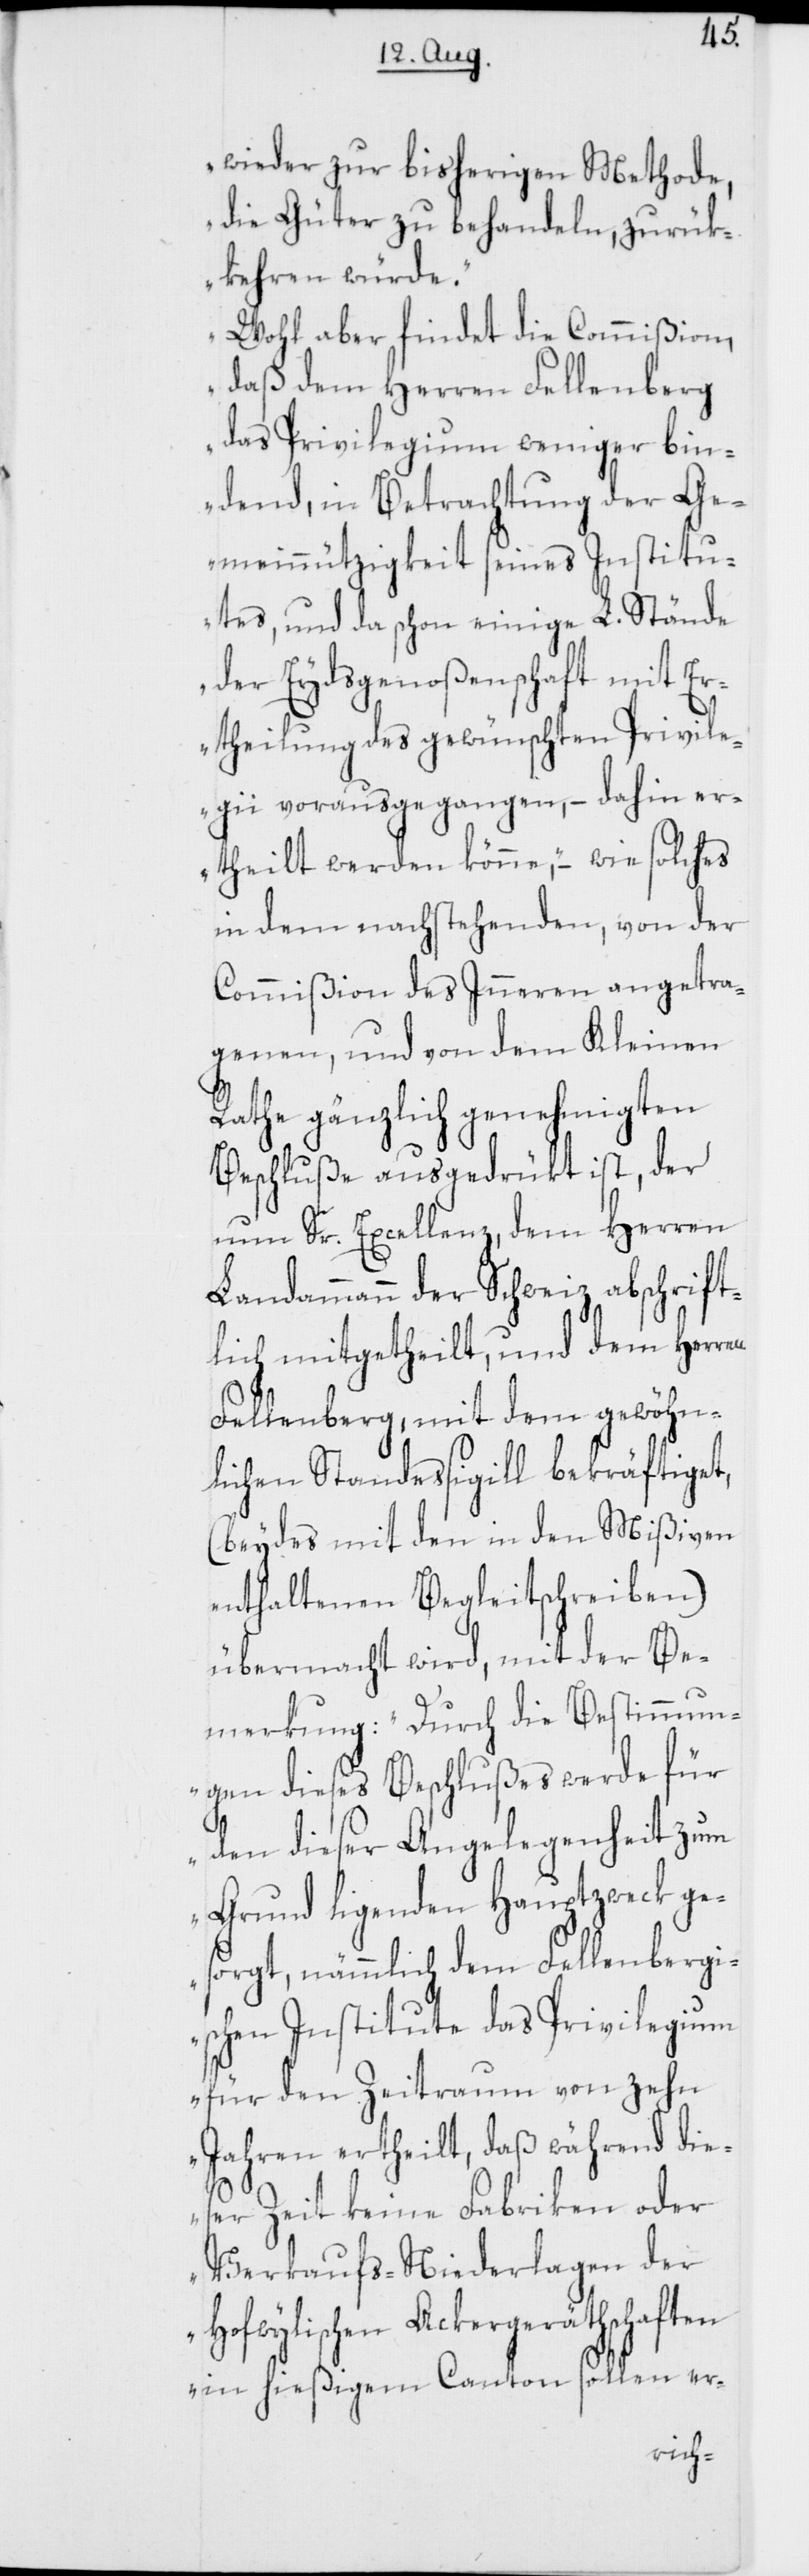
wieder zur bisherigen Methode,
die Güter zu behandeln, zurük¬
kehren würde.
Wohl aber findet die Commißion,
daß dem Herren Fellenberg
das Privilegium weniger bin¬
dend, in Betrachtung der Ge¬
meinnützigkeit seines Institu¬
tes, und da schon einige L. Stände
der Eydsgenoßenschaft mit Er¬
theilung des gewünschten Privil¬
egii vorausgegangen, – dahin er¬
theilt werden könne“, – wie solches
in dem nachstehenden, von der
Commißion des Inneren angetra¬
genen, und von dem Kleinen
Rathe gänzlich genehmigten
Beschluße ausgedrükt ist, der
nun Sr. Excellenz, dem Herren
Landammann der Schweiz abschrift¬
lich mitgetheilt, und dem Herr¬
Fellenberg, mit dem gewöhn¬
lichen Standessigill bekräftiget,
(beydes mit den in den Mißiven
enthaltenen Begleitschreiben)
übermacht wird, mit der Be¬
merkung: „Durch die Bestimmun¬
gen dieses Beschlußes werde für
den dieser Angelegenheit zum
Grund ligenden Hauptzweck ge¬
sorgt, nämmlich dem Fellenberg¬
ischen Institute das Privilegium
für den Zeitraum von zehn
Jahren ertheilt, daß während die¬
ser Zeit keine Fabriken oder
Verkaufs-Niederlagen der
Hofwylischen Ackergeräthschaften
in hießigem Canton sollen er-
en